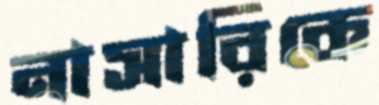
নাসারিকে